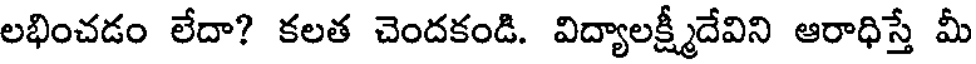
లభించడం లేదా? కలత చెందకండి. విద్యాలక్ష్మీదేవిని ఆరాధిస్తే మీ